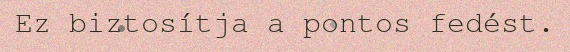
Ez biztosítja a pontos fedést.